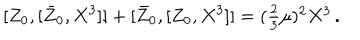
{ } [ Z _ { 0 } , [ \bar { Z } _ { 0 } , X ^ { 3 } ] ] + [ \bar { Z } _ { 0 } , [ Z _ { 0 } , X ^ { 3 } ] ] = ( \textstyle { \frac { 2 } { 3 } } \mu ) ^ { 2 } X ^ { 3 } \, .